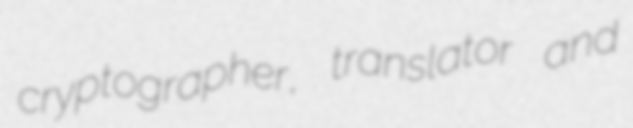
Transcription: cryptographer, translator and